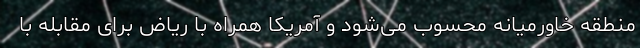
منطقه خاورمیانه محسوب می‌شود و آمریکا همراه با ریاض برای مقابله با